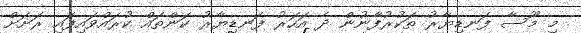
މި މޫސާ ފަނޑިޔާރު ތަކުރުފާނުން ދެ އަހަރު ފަނޑިޔާރު ކަންތައް ކުރައްވައިފައި ރަށަށް